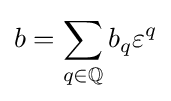
b=\sum \limits _{q\in \mathbb {Q} }b_{q}\varepsilon ^{q}